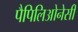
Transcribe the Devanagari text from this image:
पैपिलिओनेसी